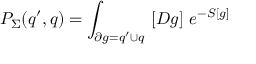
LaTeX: P _ { \Sigma } ( q ^ { \prime } , q ) = \int _ { \partial g = q ^ { \prime } \cup q } \ [ D g ] \ e ^ { - S [ g ] }